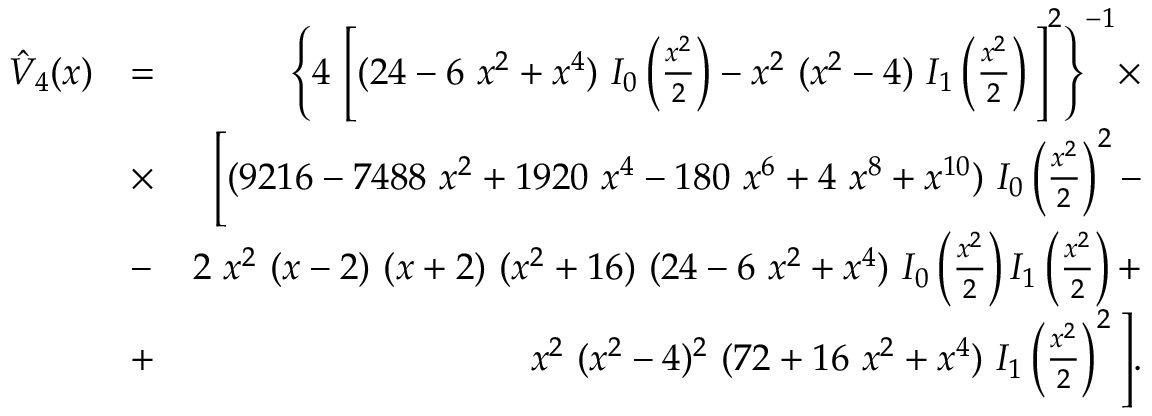
\begin{array} { r l r } { \hat { V } _ { 4 } ( x ) } & { = } & { \Bigg \{ 4 ~ \Bigg [ ( 2 4 - 6 ~ x ^ { 2 } + x ^ { 4 } ) ~ I _ { 0 } \left( \frac { x ^ { 2 } } { 2 } \right) - x ^ { 2 } ~ ( x ^ { 2 } - 4 ) ~ I _ { 1 } \left( \frac { x ^ { 2 } } { 2 } \right) \Bigg ] ^ { 2 } \Bigg \} ^ { - 1 } \times } \\ & { \times } & { \Bigg [ ( 9 2 1 6 - 7 4 8 8 ~ x ^ { 2 } + 1 9 2 0 ~ x ^ { 4 } - 1 8 0 ~ x ^ { 6 } + 4 ~ x ^ { 8 } + x ^ { 1 0 } ) ~ I _ { 0 } \left( \frac { x ^ { 2 } } { 2 } \right) ^ { 2 } - } \\ & { - } & { 2 ~ x ^ { 2 } ~ ( x - 2 ) ~ ( x + 2 ) ~ ( x ^ { 2 } + 1 6 ) ~ ( 2 4 - 6 ~ x ^ { 2 } + x ^ { 4 } ) ~ I _ { 0 } \left( \frac { x ^ { 2 } } { 2 } \right) I _ { 1 } \left( \frac { x ^ { 2 } } { 2 } \right) + } \\ & { + } & { x ^ { 2 } ~ ( x ^ { 2 } - 4 ) ^ { 2 } ~ ( 7 2 + 1 6 ~ x ^ { 2 } + x ^ { 4 } ) ~ I _ { 1 } \left( \frac { x ^ { 2 } } { 2 } \right) ^ { 2 } \Bigg ] . } \end{array}